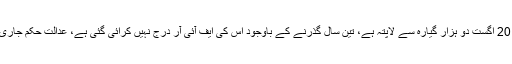
درخواست گذار کا دعویٰ ہے کہ دستور پاکستان کا مسودہ 20 اگست دو ہزار گیارہ سے لاپتہ ہے، تین سال گذرنے کے باوجود اس کی ایف آئی آر درج نہیں کرائی گئی ہے، عدالت حکم جاری کرے کہ واقعہ کا مقدمہ درج کر کے تحقیقات کی جائے۔